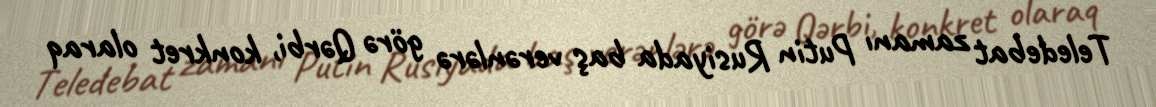
Teledebat zamanı Putin Rusiyada baş verənlərə görə Qərbi, konkret olaraq